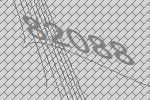
82088